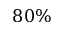
8 0 \%